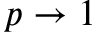
p \rightarrow 1